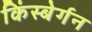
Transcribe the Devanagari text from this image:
किंस्बेर्गन